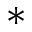
^ { * }